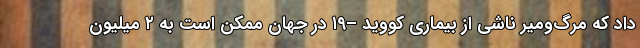
داد که مرگ‌ومیر ناشی از بیماری کووید –۱۹ در جهان ممکن است به ۲ میلیون